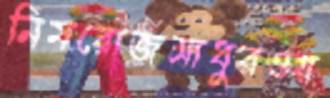
নিমরোজসাধুরওয়